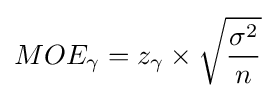
MOE_{\gamma }=z_{\gamma }\times {\sqrt {\frac {\sigma ^{2}}{n}}}